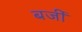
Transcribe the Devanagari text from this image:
बजीं